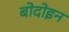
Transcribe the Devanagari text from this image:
बोदोइन